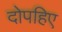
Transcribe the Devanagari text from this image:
दोपहिए